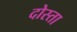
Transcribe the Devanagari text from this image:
दोस्ता